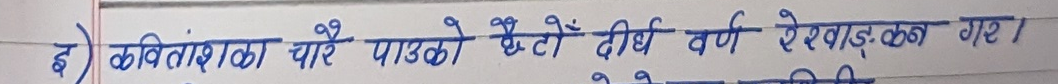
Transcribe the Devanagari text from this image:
इ) कवितांशका चारै पाउकौँ प्रेतौँ दीर्घ वर्ण ऐरावत कन गए ।